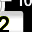
Digit: 2